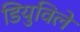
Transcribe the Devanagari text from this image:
डियुविले